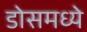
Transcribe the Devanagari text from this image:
डोसमध्ये